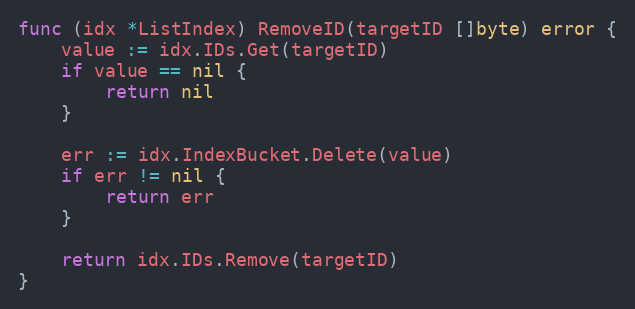
Language: Go
func (idx *ListIndex) RemoveID(targetID []byte) error {
	value := idx.IDs.Get(targetID)
	if value == nil {
		return nil
	}

	err := idx.IndexBucket.Delete(value)
	if err != nil {
		return err
	}

	return idx.IDs.Remove(targetID)
}